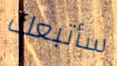
سأتبعك